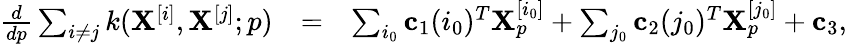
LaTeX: \begin{array}{rlr}{\frac{d}{d{p}}\sum_{i\neq j}k(\mathbf{X}^{[i]},\mathbf{X}^{[j]};p)}&{=}&{\sum_{i_{0}}\mathbf{c}_{1}(i_{0})^{T}\mathbf{X}_{p}^{[i_{0}]}+\sum_{j_{0}}\mathbf{c}_{2}(j_{0})^{T}\mathbf{X}_{p}^{[j_{0}]}+\mathbf{c}_{3},}\end{array}